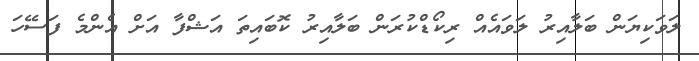
ލަވަކިޔަން ބަލާއިރު ލަވައެއް ރިކޯޑްކުރަން ބަލާއިރު ކޮބައިތަ އަޝްފާ އަށް އެންމެ ފަސޭހަ